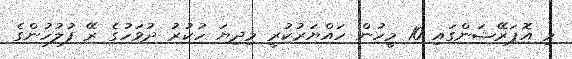
މި އޮޕަރޭޝަންގައި 10 މީހުން ހައްޔަރުކުރީ މިދިޔަ ހުކުރު ދުވަހުގެ ރޭ ފުލުހުންގެ